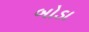
બોડા